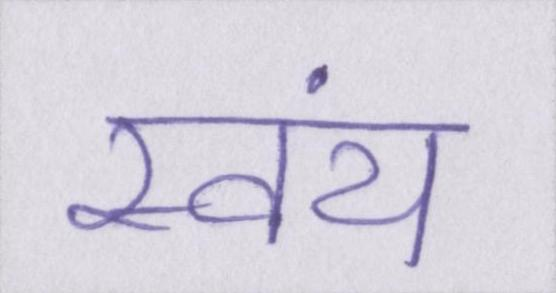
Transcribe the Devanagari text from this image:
स्वंय